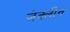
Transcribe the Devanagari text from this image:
जेक्लीन